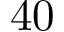
\mathrm { 4 0 }